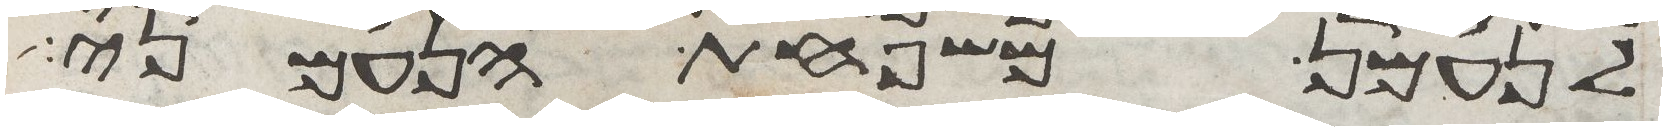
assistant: לנעמן משפחת הנעמני